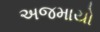
અજમાયો